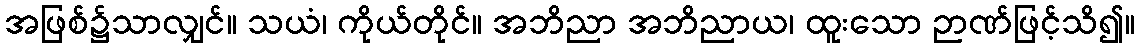
အဖြစ်၌သာလျှင်။ သယံ၊ ကိုယ်တိုင်။ အဘိညာ အဘိညာယ၊ ထူးသော ဉာဏ်ဖြင့်သိ၍။